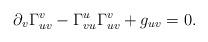
LaTeX: \begin{align*} \partial_v\Gamma_{uv}^v-\Gamma_{vu}^u\Gamma_{uv}^v+g_{uv}=0.\end{align*}